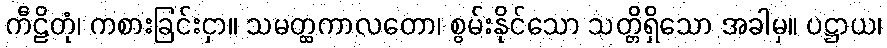
ကီဠိတုံ၊ ကစားခြင်းငှာ။ သမတ္ထကာလတော၊ စွမ်းနိုင်သော သတ္တိရှိသော အခါမှ။ ပဋ္ဌာယ၊